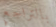
بالتراجع